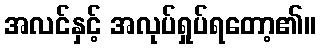
အလင်နှင့် အလုပ်ရှုပ်ရတော့၏။